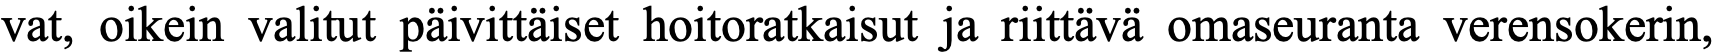
vat, oikein valitut päivittäiset hoitoratkaisut ja riittävä omaseuranta verensokerin,